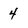
Character: 4